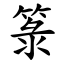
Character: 箓